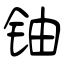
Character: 铀